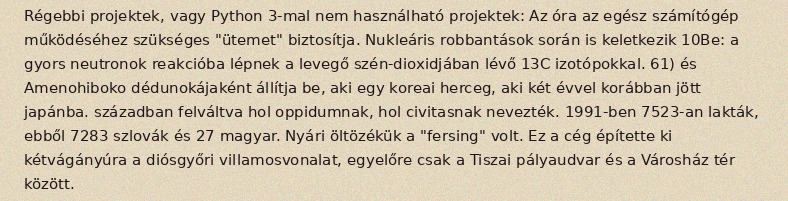
Régebbi projektek, vagy Python 3-mal nem használható projektek: Az óra az egész számítógép működéséhez szükséges "ütemet" biztosítja. Nukleáris robbantások során is keletkezik 10Be: a gyors neutronok reakcióba lépnek a levegő szén-dioxidjában lévő 13C izotópokkal. 61) és Amenohiboko dédunokájaként állítja be, aki egy koreai herceg, aki két évvel korábban jött japánba. században felváltva hol oppidumnak, hol civitasnak nevezték. 1991-ben 7523-an lakták, ebből 7283 szlovák és 27 magyar. Nyári öltözékük a "fersing" volt. Ez a cég építette ki kétvágányúra a diósgyőri villamosvonalat, egyelőre csak a Tiszai pályaudvar és a Városház tér között.